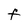
Character: F